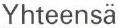
Yhteensä